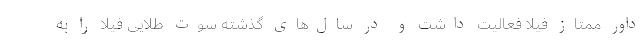
داور ممتاز فیلا فعالیت داشت و در سال‌های گذشته سوت طلایی فیلا را به